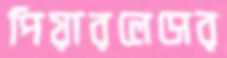
পিয়ারলেসের